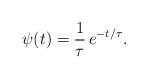
LaTeX: \begin{align*}\psi(t) = \frac{1}{\tau}\,e^{-t/\tau}.\end{align*}